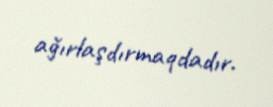
ağırlaşdırmaqdadır.